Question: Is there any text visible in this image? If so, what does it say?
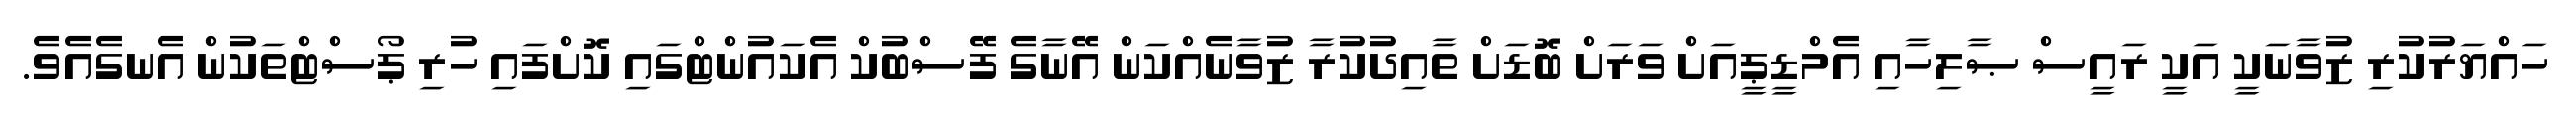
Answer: ހައްޔަރުކުރި ޒުވާނަކީ އަކީ ރައީސް ޞާލިހާއި އެމްޑީޕީއަށް ވަރަށް ބޮޑަށް ތާއިދުކުރާ ޒުވާނެއްކަން އޭނާގެ ފޭސްބުކް އެކައުންޓްގައި ކޮށްފައި ހުރި ޕޯސްޓްތަކުން އެނގެއެވެ.